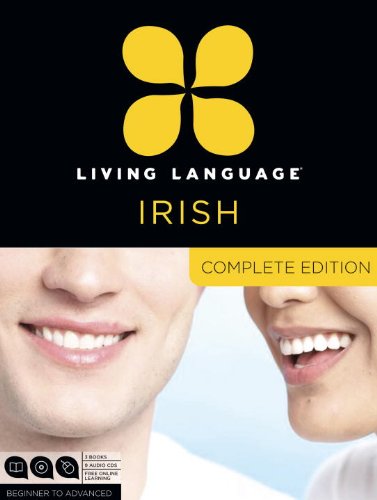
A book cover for Living Language Irish, Complete Edition: Beginner through advanced course, including 3 coursebooks, 9 audio CDs, and free online learning; Living Language; Education & Teaching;